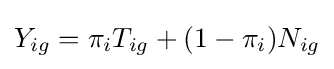
Y_{ig}=\pi _{i}T_{ig}+(1-\pi _{i})N_{ig}